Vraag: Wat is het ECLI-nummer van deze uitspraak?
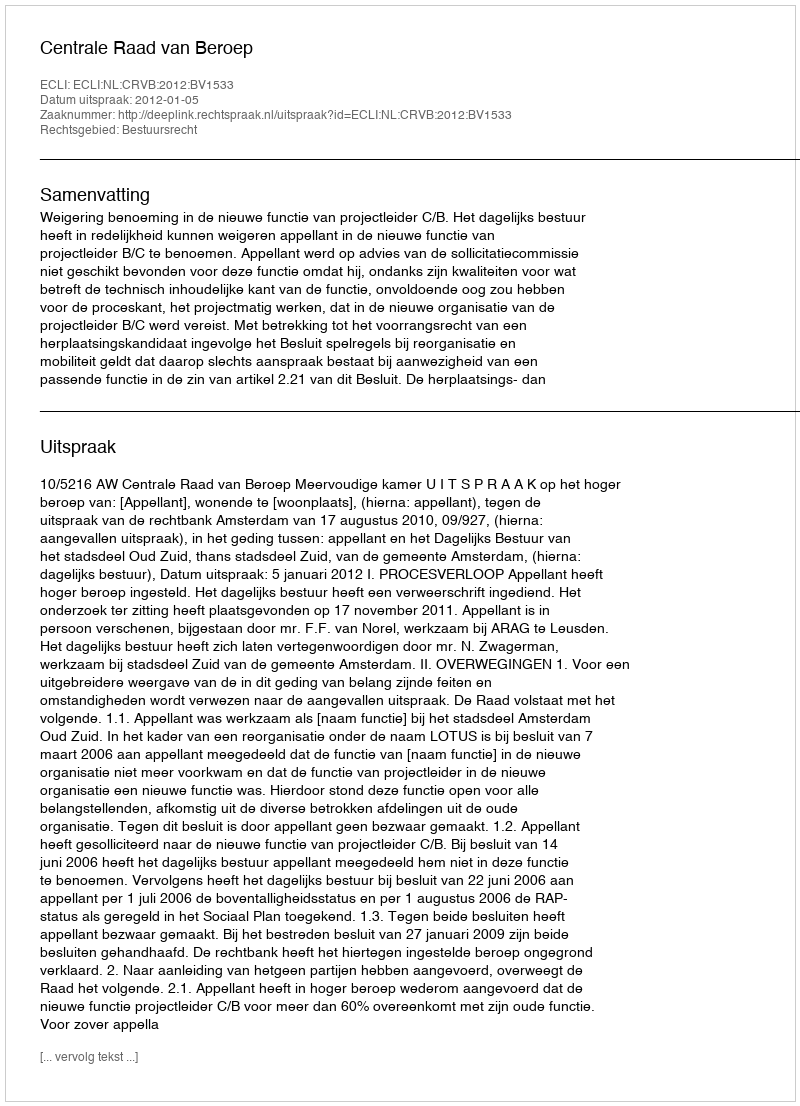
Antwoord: ECLI:NL:CRVB:2012:BV1533